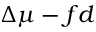
\Delta \mu - f d